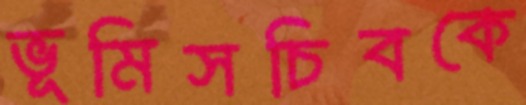
ভূমিসচিবকে